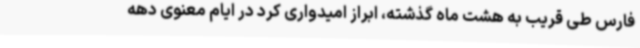
فارس طی قریب به هشت ماه گذشته، ابراز امیدواری کرد در ایام معنوی دهه